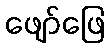
ဖျော်ဖြေ